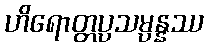
ဟိရောတ္တပ္ပသမ္ပန္နဿ